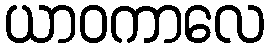
ယာဝကာလေ